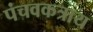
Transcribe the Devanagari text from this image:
पंचवकत्राय